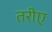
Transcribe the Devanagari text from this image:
तरीए